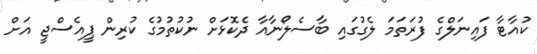
ކުއާޓާ ފައިނަލްގެ ފުރަތަމަ ލެގުގައި ބާސެލޯނާއާ ދެކޮޅަށް ނުކުތުމުގެ ކުރިން ޕީއެސްޖީ އަށް